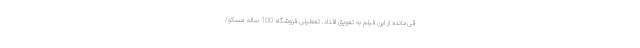
قی‌مانده از این فیلم به تعویق افتاد. تعطیلی فروشگاه 100 ساله مسکو/